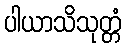
ပါယာသိသုတ္တံ